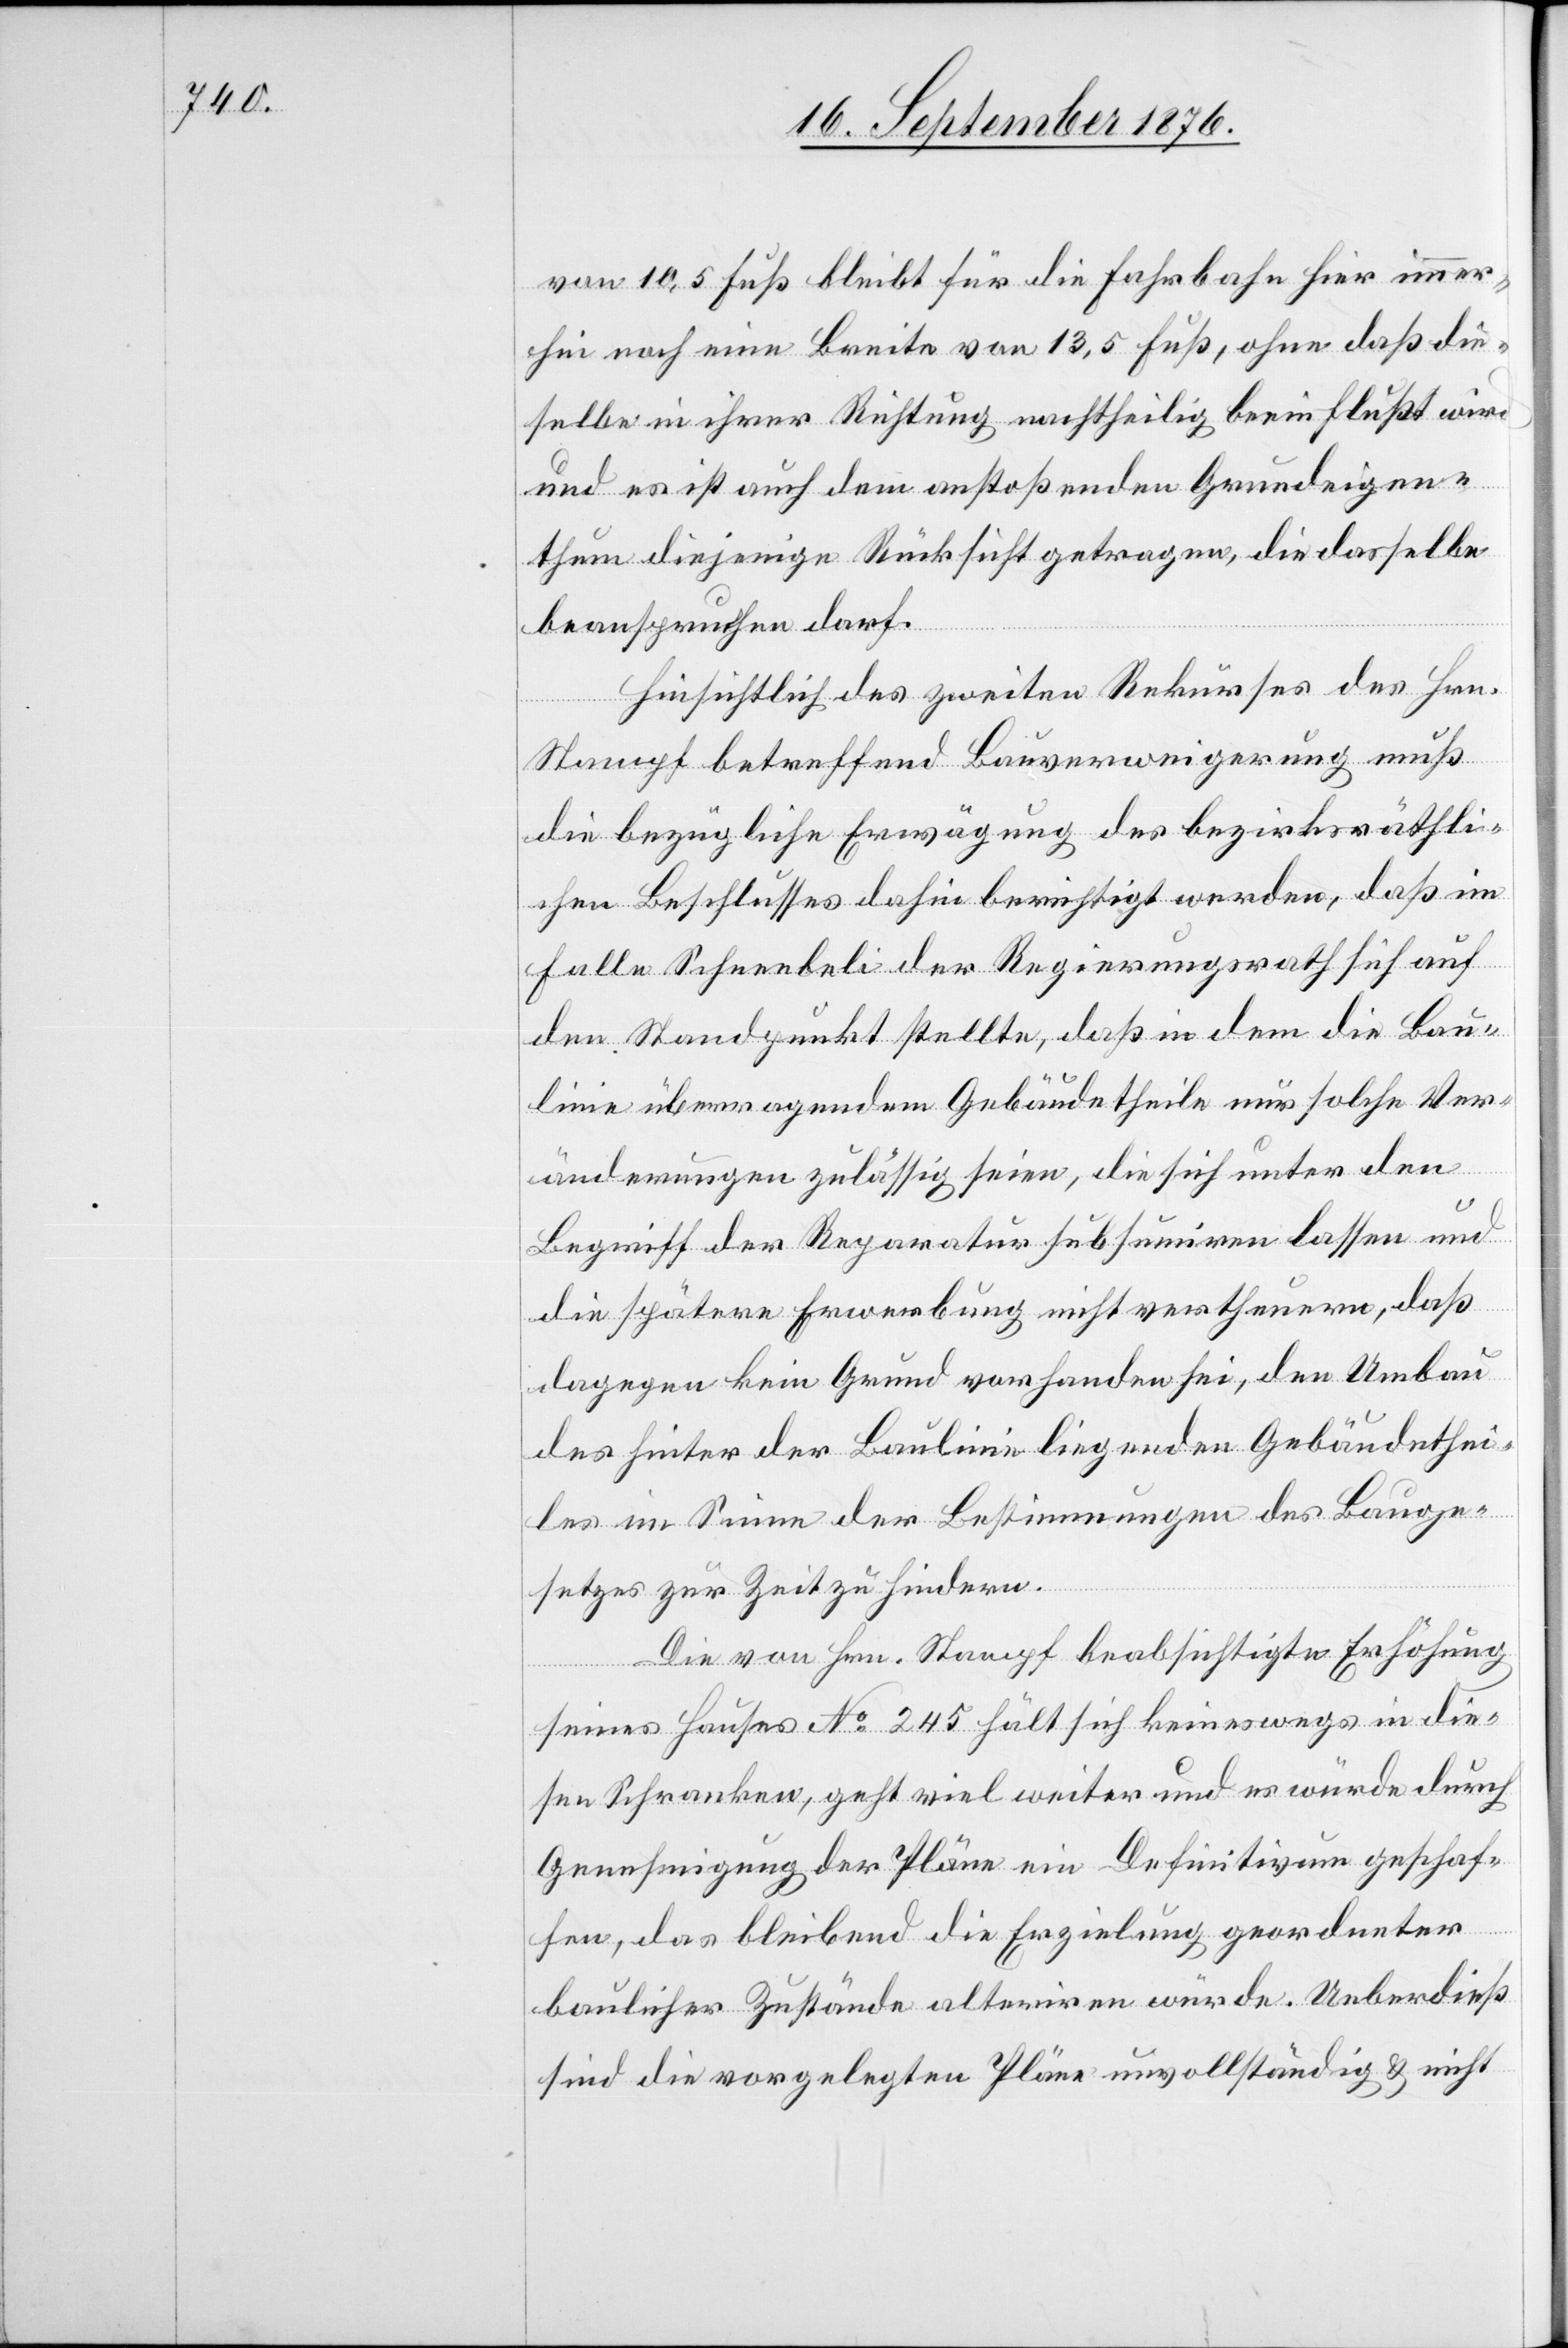
von 10,5 Fuß bleibt für die Fahrbahn hier immer¬
hin noch eine Breite von 13,5 Fuß, ohne daß die¬
selbe in ihrer Richtung nachtheilig beeinflußt wird
und es ist auch dem anstoßenden Grundeigen¬
thum diejenige Rücksicht getragen, die dasselbe
beanspruchen darf.
Hinsichtlich des zweiten Rekurses des Hrn.
Stampf betreffend Bauerweiterung muß
die bezügliche Erwägung des bezirksräthli¬
chen Beschlusses dahin berichtigt werden, daß im
Falle Schneebeli der Regierungsrath sich auf
den Standpunkt stellte, daß in dem die Bau¬
linie überragenden Gebäudetheile nur solche Ver¬
änderungen zulässig seien, die sich unter den
Begriff der Reparatur subsumiren lassen und
die spätere Erwerbung nicht vertheuern, daß
dagegen kein Grund vorhanden sei, den Umbau
des hinter der Baulinie liegenden Gebäudethei¬
les im Sinne der Bestimmungen des Bauge¬
setzes zur Zeit zu finden.
Die von Hrn. Stampf beabsichtigte Erhöhung
seines Hauses No 245 hält sich keineswegs in die¬
sen Schranken, geht viel weiter und es würde durch
Genehmigung der Pläne ein Definitivum geschaf¬
fen, das bleibend die Erzielung geordneter
baulicher Zustände alteriren würde. Ueberdieß
sind die vorgelegten Pläne unvollständig & nicht